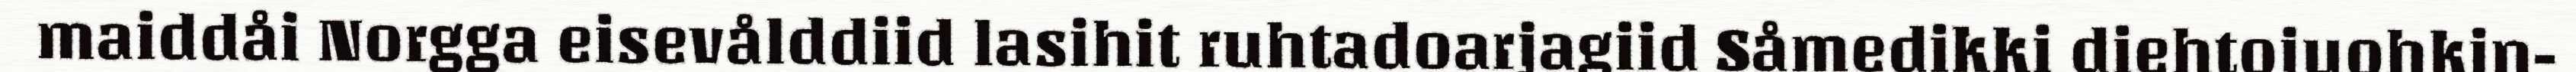
maiddåi Norgga eisevålddiid lasihit ruhtadoarjagiid Såmedikki diehtojuohkin-